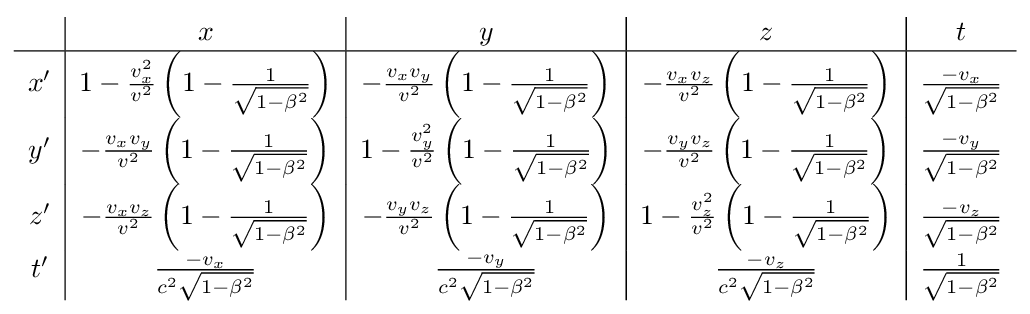
{\begin{array}{c|c|c|c|c}&x&y&z&t\\\hline x'&1-{\frac {v_{x}^{2}}{v^{2}}}\left(1-{\frac {1}{\sqrt {1-\beta ^{2}}}}\right)&-{\frac {v_{x}v_{y}}{v^{2}}}\left(1-{\frac {1}{\sqrt {1-\beta ^{2}}}}\right)&-{\frac {v_{x}v_{z}}{v^{2}}}\left(1-{\frac {1}{\sqrt {1-\beta ^{2}}}}\right)&{\frac {-v_{x}}{\sqrt {1-\beta ^{2}}}}\\y'&-{\frac {v_{x}v_{y}}{v^{2}}}\left(1-{\frac {1}{\sqrt {1-\beta ^{2}}}}\right)&1-{\frac {v_{y}^{2}}{v^{2}}}\left(1-{\frac {1}{\sqrt {1-\beta ^{2}}}}\right)&-{\frac {v_{y}v_{z}}{v^{2}}}\left(1-{\frac {1}{\sqrt {1-\beta ^{2}}}}\right)&{\frac {-v_{y}}{\sqrt {1-\beta ^{2}}}}\\z'&-{\frac {v_{x}v_{z}}{v^{2}}}\left(1-{\frac {1}{\sqrt {1-\beta ^{2}}}}\right)&-{\frac {v_{y}v_{z}}{v^{2}}}\left(1-{\frac {1}{\sqrt {1-\beta ^{2}}}}\right)&1-{\frac {v_{z}^{2}}{v^{2}}}\left(1-{\frac {1}{\sqrt {1-\beta ^{2}}}}\right)&{\frac {-v_{z}}{\sqrt {1-\beta ^{2}}}}\\t'&{\frac {-v_{x}}{c^{2}{\sqrt {1-\beta ^{2}}}}}&{\frac {-v_{y}}{c^{2}{\sqrt {1-\beta ^{2}}}}}&{\frac {-v_{z}}{c^{2}{\sqrt {1-\beta ^{2}}}}}&{\frac {1}{\sqrt {1-\beta ^{2}}}}\end{array}}